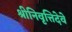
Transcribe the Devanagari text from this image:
श्रीनिवृत्तिदेवे